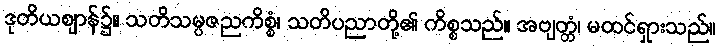
ဒုတိယဈာန်၌။ သတိသမ္ပဇညကိစ္စံ၊ သတိပညာတို့၏ ကိစ္စသည်။ အဗျတ္တံ၊ မထင်ရှားသည်။